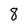
Character: 8